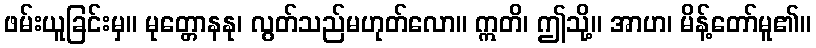
ဖမ်းယူခြင်းမှ။ မုတ္တောနနု၊ လွတ်သည်မဟုတ်လော။ ဣတိ၊ ဤသို့။ အာဟ၊ မိန့်တော်မူ၏။